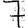
Digit: 7